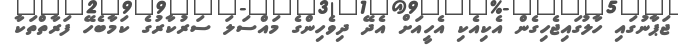
ޖަޕާނުގައި ހާލުގައިޖެހިގެން އެކިއެކި އެހީއަށް އެދޭ ދިވެހިންގެ މައްސަލަ ސަރުކާރުގެ ކަމާބެހޭ ފަރާތްތަކާ